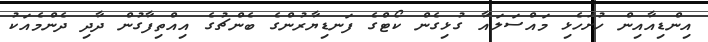
އިންޑިއާއިން ހުށަހެޅި މައްސަލައާ ގުޅިގެން ކޯޓްގެ ފަނޑިޔާރުންގެ ބެންޗުގެ އިއްތިފާގުން ދާދި ދެންމެއަކު